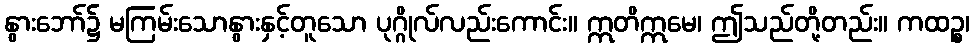
နွားဘော်၌ မကြမ်းသောနွားနှင့်တူသော ပုဂ္ဂိုလ်လည်းကောင်း။ ဣတိဣမေ၊ ဤသည်တို့တည်း။ ကထဉ္စ၊